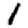
Digit: 1